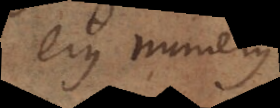
ejus numerus